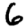
Digit: 6